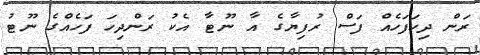
ރަން ދިހަފަހެއް ފަސް ރުފިޔާގެ އާ ނޫޓާ އެކު ރަންދިހަ ފަހެއްގެ ނޫޓު